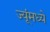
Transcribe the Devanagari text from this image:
ज्यूंमध्ये